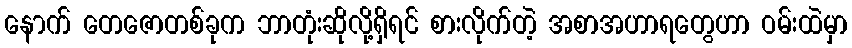
နောက် တေဇောတစ်ခုက ဘာတုံးဆိုလို့ရှိရင် စားလိုက်တဲ့ အစာအဟာရတွေဟာ ဝမ်းထဲမှာ